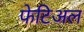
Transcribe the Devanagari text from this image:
फेटिअल